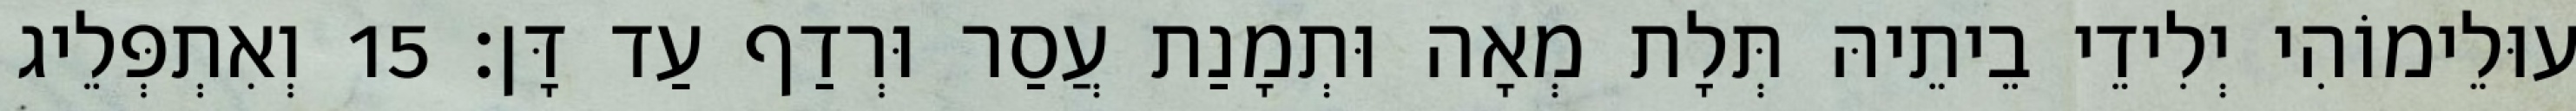
עוּלֵימוֹהִי יְלִידֵי בֵיתֵיהּ תְּלָת מְאָה וּתְמָנַת עֲסַר וּרְדַף עַד דָּן׃ 15 וְאִתְפְּלֵיג